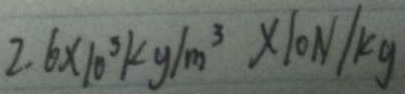
2 . 6 \times 1 0 ^ { 3 } k g / m ^ { 3 } \times 1 0 N / k g